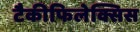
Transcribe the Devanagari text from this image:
टैकीफिलेक्सिस